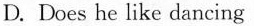
D.Does he like dancing